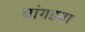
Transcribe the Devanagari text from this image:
बांगडया